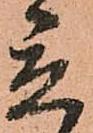
立